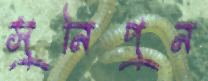
সুনিপুন